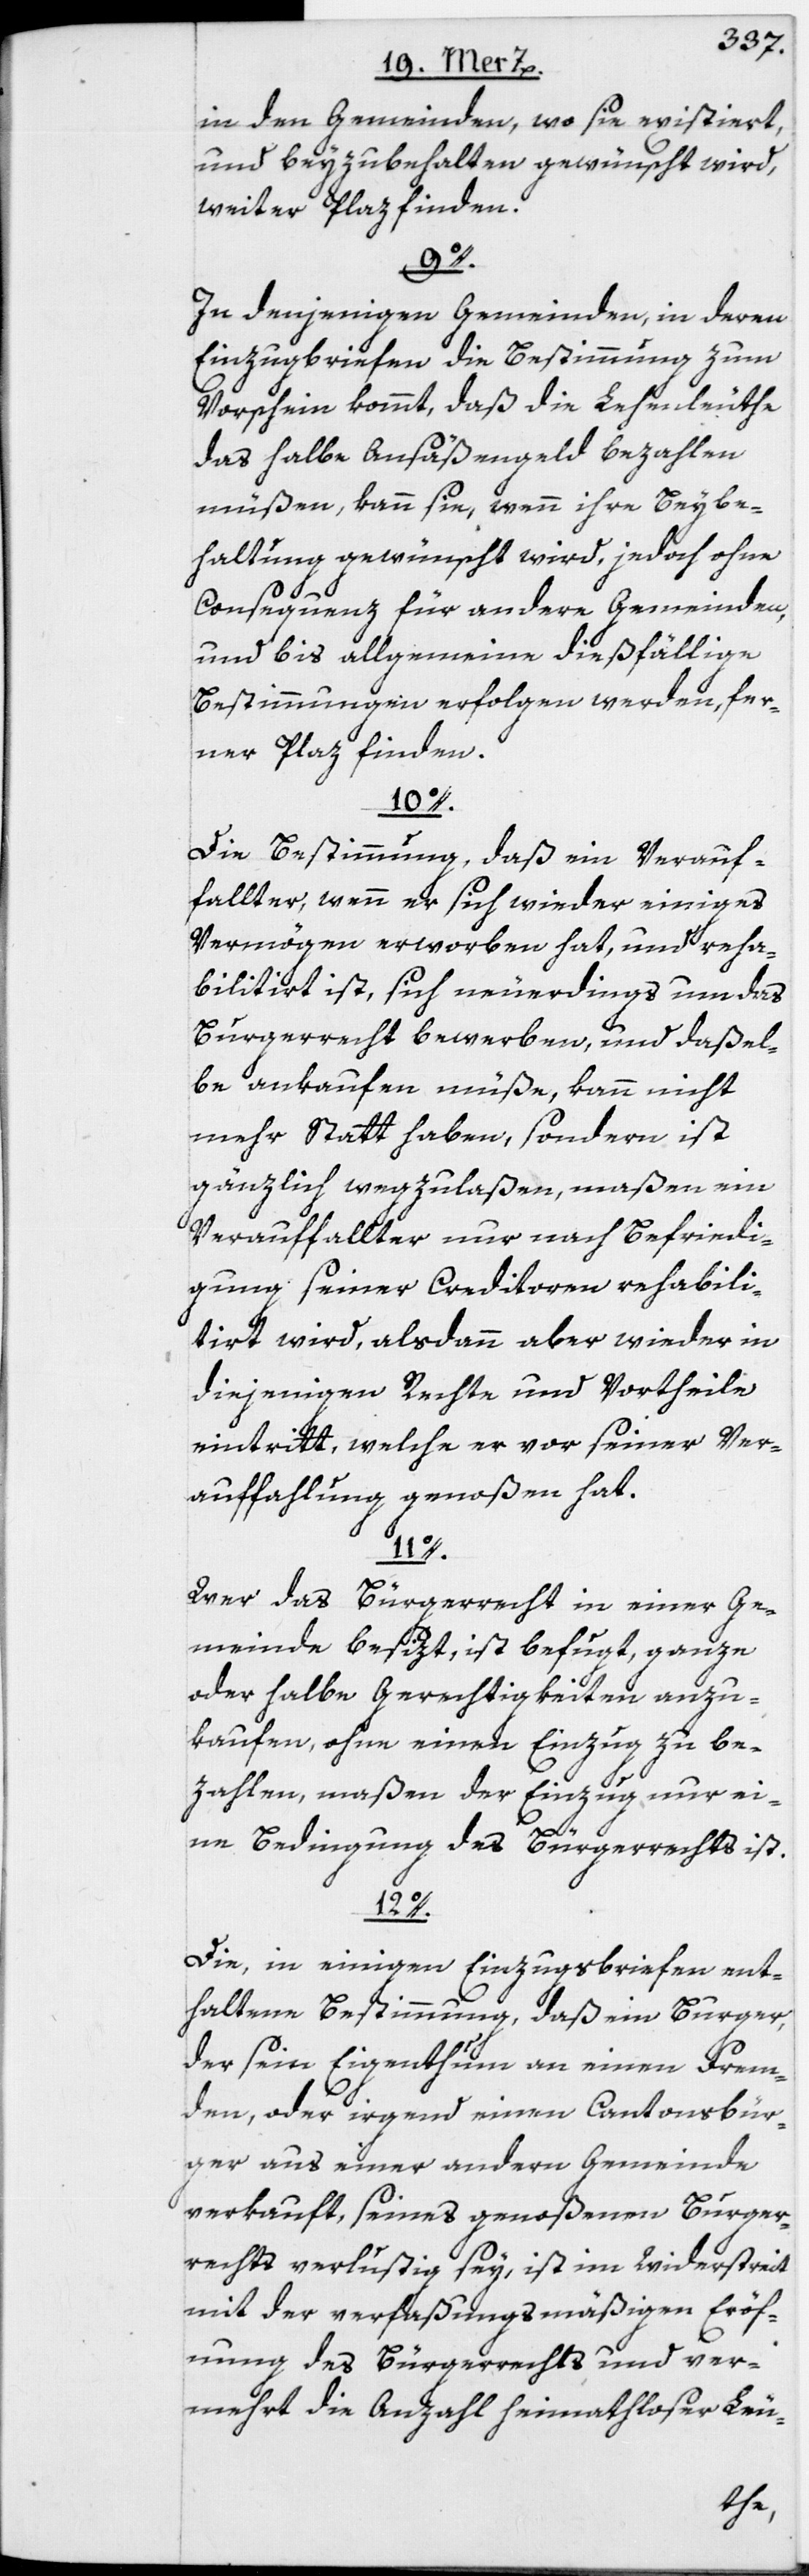
in den Gemeinden, wo sie existiert,
und beyzubehalten gewünscht wird,
weiter Plaz finden.
9o.
In denjenigen Gemeinden, in deren
Einzugbriefen die Bestimmung zum
Vorschein kommt, daß die Lehenleuthe
das halbe Ansäßengeld bezahlen
müßen, kann sie, wenn ihre Beybe¬
haltung gewünscht wird, jedoch ohne
Consequenz für andere Gemeinden,
und bis allgemeine dießfällige
Bestimmungen erfolgen werden, fer¬
ner Plaz finden.
10o.
Die Bestimmung, daß ein Verauf¬
fallter, wenn er sich wieder einiges
Vermögen erworben hat, und reha¬
bilitirt ist, sich neuerdings um das
Burgerrecht bewerben, und daßel¬
be ankaufen müße, kann nicht
mehr Statt haben, sondern ist
gänzlich wegzulaßen, maßen ein
Verauffallter nur nach Befriedi¬
gung seiner Creditoren rehabili¬
tirt wird, alsdann aber wieder in
diejenigen Rechte und Vortheile
eintritt, welche er vor seiner Ver¬
auffahlung genoßen hat.
11o.
Wer das Bürgerrecht in einer Ge¬
meinde besizt, ist befugt, ganze
oder halbe Gerechtigkeiten anzu¬
kaufen, ohne einen Einzug zu be¬
zahlen, maßen der Einzug nur ei¬
ne Bedingung des Bürgerrechts ist.
12o.
Die, in einigen Einzugsbriefen ent¬
haltene Bestimmung, daß ein Burger,
der sein Eigentum an einen Frem¬
den, oder irgend einen Cantonsbür¬
ger aus einer andern Gemeinde
verkauft, seines genoßenen Burger¬
rechts verlustig sey, ist im Widerstreit
mit der verfaßungsmäßigen Eröff¬
nung des Bürgerrechts und ver¬
mehrt die Anzahl heimathloser Leu-